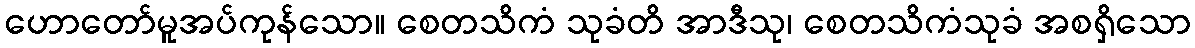
ဟောတော်မူအပ်ကုန်သော။ စေတသိကံ သုခံတိ အာဒီသု၊ စေတသိကံသုခံ အစရှိသော